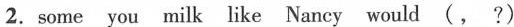
2.some you milk like Nancy would (, ?)